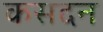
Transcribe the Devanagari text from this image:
कसदन